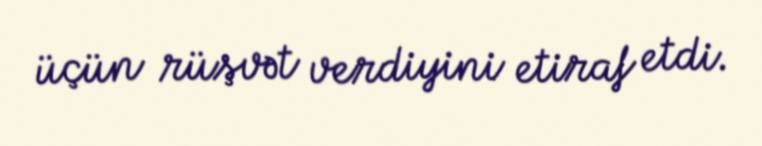
üçün rüşvət verdiyini etiraf etdi.